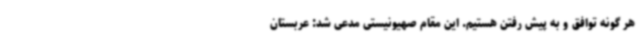
هر گونه توافق و به پیش رفتن هستیم. این مقام صهیونیستی مدعی شد: عربستان